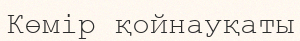
Көмір қойнауқаты